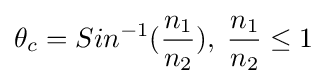
\theta _{c}=Sin^{-1}({\frac {n_{1}}{n_{2}}}),\;{\frac {n_{1}}{n_{2}}}\leq 1